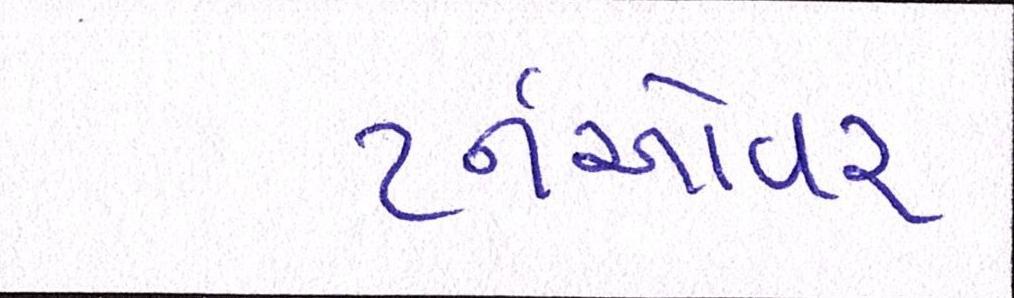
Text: ટર્નઓવર